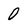
Character: 0